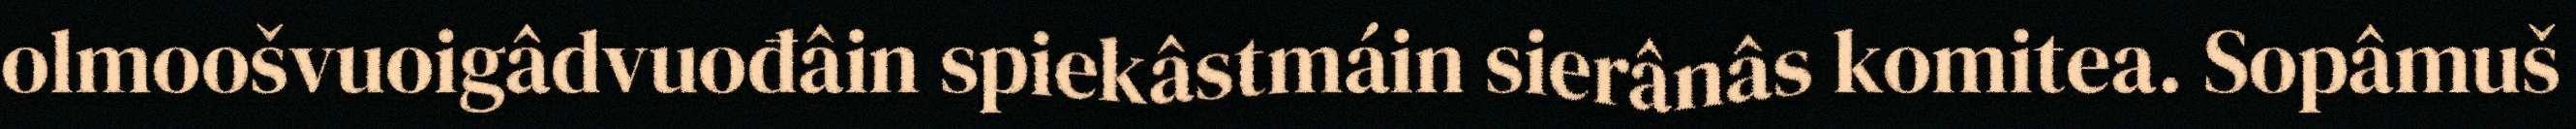
olmoošvuoigâdvuođâin spiekâstmáin sierânâs komitea. Sopâmuš